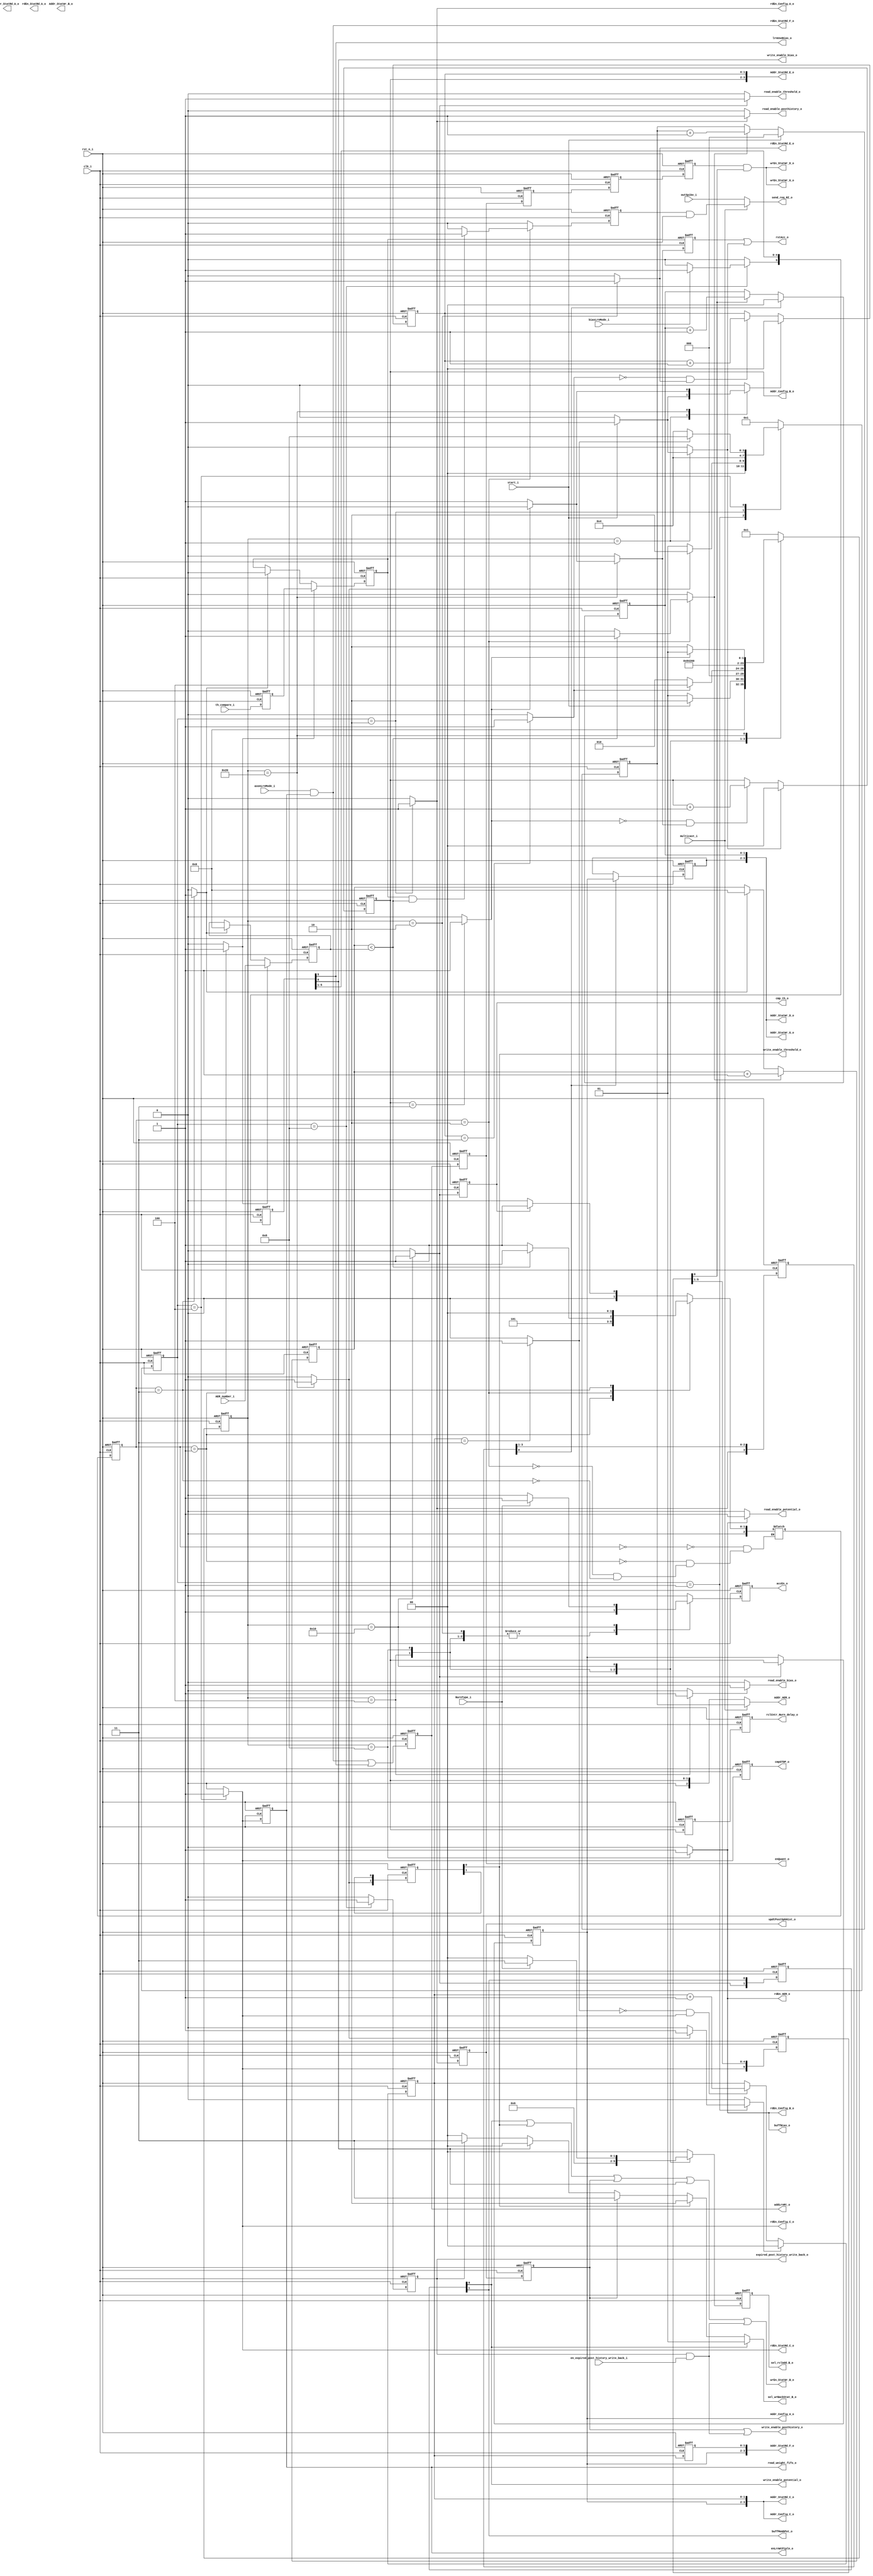
module NurnCtrlr
#(
	parameter NUM_NURNS    = 4  ,
	parameter NUM_AXONS    = 4  ,

	parameter NURN_CNT_BIT_WIDTH   = 2  ,
	parameter AXON_CNT_BIT_WIDTH   = 2	,

	parameter DIR_ID = ""
)
(
	input 												clk_i			,
	input 												rst_n_i			,

	input 												start_i			,

	//data path
	output 												rstAcc_o 		,
	output 	reg											accEn_o 		,
	output 	reg											cmp_th_o 		,
	output 												buffMembPot_o 	,
	output 	reg											updtPostSpkHist_o,
	output 												addLrnRt_o 		,
	output 												enQuant_o 		,
	output 	reg											buffBias_o 		,
	output 												lrnUseBias_o 	,
	output 												cmpSTDP_o 		,
	output 	reg [1:0] 									sel_rclAdd_B_o,
	output 	reg [1:0] 									sel_wrBackStat_B_o,
	//output  reg											shift_writeback_en_buffer_o,
	output  											expired_post_history_write_back_o,
	input												en_expired_post_history_write_back_i,
	output												enLrnWtPipln_o,

	//config mem
	input 												biasLrnMode_i 	,
	output [NURN_CNT_BIT_WIDTH-1:0]						Addr_Config_A_o,
	output reg											rdEn_Config_A_o 	,

	input 												NurnType_i 		,
	output [NURN_CNT_BIT_WIDTH-1:0]						Addr_Config_B_o,
	output 	reg											rdEn_Config_B_o ,

	input 												axonLrnMode_i 	,
	output [NURN_CNT_BIT_WIDTH+AXON_CNT_BIT_WIDTH-1:0] 	Addr_Config_C_o,
	output 												rdEn_Config_C_o 	,
	
	output												rdEn_AER_o,
	output [NURN_CNT_BIT_WIDTH:0]						Addr_AER_o,
	input												multicast_i,
	output												send_req_NI_o,
	input												outSpike_i,
	//input												read_next_AER_i,
	input												th_compare_i,
	input [3:0]											AER_number_i,

	//status mem
	output reg [NURN_CNT_BIT_WIDTH-1:0] 				Addr_StatRd_A_o,
	output reg											rdEn_StatRd_A_o	,

	output reg [NURN_CNT_BIT_WIDTH-1:0] 				Addr_StatWr_B_o,
	output 												wrEn_StatWr_B_o	,

	output [NURN_CNT_BIT_WIDTH+AXON_CNT_BIT_WIDTH-1:0] 	Addr_StatRd_C_o,
	output 												rdEn_StatRd_C_o	,

	output [NURN_CNT_BIT_WIDTH+AXON_CNT_BIT_WIDTH-1:0] 	Addr_StatWr_D_o,
	output 												wrEn_StatWr_D_o	,

	output [NURN_CNT_BIT_WIDTH+AXON_CNT_BIT_WIDTH-1:0] 	Addr_StatRd_E_o,
	output 	reg											rdEn_StatRd_E_o	,

	output [NURN_CNT_BIT_WIDTH+AXON_CNT_BIT_WIDTH-1:0] 	Addr_StatRd_F_o,
	output 												rdEn_StatRd_F_o	,

	output [NURN_CNT_BIT_WIDTH+AXON_CNT_BIT_WIDTH-1:0] 	Addr_StatWr_G_o,
	output 												wrEn_StatWr_G_o	,
	output												read_weight_fifo_o,

`ifdef SEPARATE_ADDRESS
	output reg [NURN_CNT_BIT_WIDTH-1:0]						read_address_bias_o,
	output reg [NURN_CNT_BIT_WIDTH-1:0]						read_address_potential_o,
	output reg [NURN_CNT_BIT_WIDTH-1:0]						read_address_threshold_o,
	output reg [NURN_CNT_BIT_WIDTH-1:0]						read_address_posthistory_o,
	// output reg [NURN_CNT_BIT_WIDTH*AXON_CNT_BIT_WIDTH-1:0]	read_address_prehistory_o,
	// output reg [NURN_CNT_BIT_WIDTH*AXON_CNT_BIT_WIDTH-1:0]	read_address_weight_o,

	output reg [NURN_CNT_BIT_WIDTH-1:0]						write_address_bias_o,
	output reg [NURN_CNT_BIT_WIDTH-1:0]						write_address_potential_o,
	output reg [NURN_CNT_BIT_WIDTH-1:0]						write_address_threshold_o,
	output reg [NURN_CNT_BIT_WIDTH-1:0]						write_address_posthistory_o,
	// output reg [NURN_CNT_BIT_WIDTH*AXON_CNT_BIT_WIDTH-1:0]	write_address_prehistory_o,
	// output reg [NURN_CNT_BIT_WIDTH*AXON_CNT_BIT_WIDTH-1:0]	write_address_weight_o,
`endif

	//asic status memory
	output reg 											read_enable_bias_o,
	output												write_enable_bias_o,
	output reg 											read_enable_potential_o,
	output												write_enable_potential_o,
	output reg 											read_enable_threshold_o,
	output												write_enable_threshold_o,
	output reg 											read_enable_posthistory_o,
	output												write_enable_posthistory_o,
	output [NURN_CNT_BIT_WIDTH-1:0]						rclCntr_Nurn_delay_o
	//output reg 										read_enable_prehistory_o,
	//output											write_enable_prehistory_o,
	//output reg 										read_enable_weight_learn_o,
	//output reg										read_enable_weight_recall_o,
	//output											write_enable_weight_o

);

	//STATE ENCODING
	//--------------------------------------------------//
	//recall state machine								//learning state machine
	parameter [5:0] RCL_IDLE_S		 	= 6'h01;     	parameter [3:0] LRN_IDLE_S		= 4'h1;
	parameter [5:0] RCL_ACC_WT_S		= 6'h02;     	parameter [3:0] LRN_RD_PARM_S	= 4'h2;
	parameter [5:0] RCL_ACC_BIAS_S		= 6'h04; 		parameter [3:0] LRN_WEIGHT_S	= 4'h4;
	parameter [5:0] RCL_ACC_MEMB_POT_S	= 6'h08;		parameter [3:0] LRN_BIAS_S		= 4'h8;
	parameter [5:0] RCL_THRESHOLD_S	 	= 6'h10;
	parameter [5:0] RCL_WR_BACK_S	 	= 6'h20;

	//SELECT LINE ENCODING
	//--------------------------------------------------//
	//recall adder select lines
	parameter [1:0] RCL_ADD_B_WT       = 2'b00;
	parameter [1:0] RCL_ADD_B_BIAS     = 2'b01;
	parameter [1:0] RCL_ADD_B_MEMB_POT = 2'b10;
	parameter [1:0] RCL_ADD_B_NEG_TH   = 2'b11;

	//status port B writeback select lines
	parameter [1:0] WR_BACK_STAT_B_BIAS      = 2'b00;
	parameter [1:0] WR_BACK_STAT_B_MEMB_POT  = 2'b01;
	parameter [1:0] WR_BACK_STAT_B_TH        = 2'b10;
	parameter [1:0] WR_BACK_STAT_B_POST_HIST = 2'b11;

	//--------------------------------------------------//

	//WIRE DECLARATIONS
	//--------------------------------------------------//
	wire rclCntr_Nurn_done, rclCntr_Axon_done, lrnCntr_Axon_done, PStgEn_rdWt, PStgEn_rdBias;

	//REGISTER DECLARATION
	//--------------------------------------------------//
	reg [5:0] Rcl_CurrState, Rcl_NextState;
	reg [3:0] Lrn_CurrState, Lrn_NextState;
	reg [NURN_CNT_BIT_WIDTH-1:0] rclCntr_Nurn;
	reg [AXON_CNT_BIT_WIDTH-1:0] rclCntr_Axon, lrnCntr_Axon;
	reg rclCntr_Nurn_rst, rclCntr_Axon_rst, lrnCntr_Axon_rst;
	reg rclCntr_Nurn_inc, rclCntr_Axon_inc, lrnCntr_Axon_inc;
	reg accEn, StatRd_A_bias, StatRd_A_MembPot, StatRd_A_Th, cmp_th, wr_th, wr_MembPot;
	reg rstAcc, rstAcc_1_dly, lrn_en, rdPostSpkHist, wrPostSpkHist;
	reg enLrnWtPipln, enLrnBiasPipln, init_WrBackAddr, inc_wrBackAddr, cmpSTDP_win/* synthesis preserve */;

	reg rstAcc_dly, enLrnWtPipln_dly, PStgEn_lrnRt, PStgEn_quant, PStgEn_shift, PStgEn_deltaW;
	reg PStgEn_wrBack,cmpSTDP_win_dly;
	reg [1:0] wrEn_th_dly, wr_MembPot_dly;
	reg [5:0] inc_wrBackAddr_Pipln, LrnBias_Pipln;
	reg [3:0] init_WrBackAddr_Pipln;
	reg [1:0] sel_rclAdd_B;

	reg [NURN_CNT_BIT_WIDTH-1:0] rclNurnAddr_buff, lrnWrBack_Nurn;
	reg [AXON_CNT_BIT_WIDTH-1:0] lrnCntr_Axon_Pipln, lrnWrBackCntr_Axon;
	reg over_write_post_history;
	reg expired_post_history_write_back;
	reg expired_post_history_write_back_delay;

	reg [NURN_CNT_BIT_WIDTH-1:0] rclCntr_Nurn_delay_1;
	reg [NURN_CNT_BIT_WIDTH-1:0] rclCntr_Nurn_delay_2;

	parameter MULTICAST_IDLE = 0;
	parameter MULTICAST_START = 1;
	parameter MULTICAST_SEND = 2;
	parameter MULTICAST_STOP = 3;
	// multicast 
	reg [NURN_CNT_BIT_WIDTH:0] Addr_AER_multicast;
	wire send_req_multicast;
	reg [2:0] multicast_cs, multicast_ns;
	reg	inc_Addr_AER, set_spike_state, reset_spike_state, send_multicast, send_multicast_delay, th_compare_delay;
	reg spike_state;
	reg [3:0] AER_number_reg, AER_counter;


	//LOGIC
	//--------------------------------------------------//

	//--------------------------------------------------//
	//----------------- state machine ------------------//

	//state registers
	always @ (posedge clk_i or negedge rst_n_i) begin
		if (rst_n_i == 1'b0) begin
			Rcl_CurrState <= RCL_IDLE_S;
			Lrn_CurrState <= LRN_IDLE_S;
		end else if (clk_i == 1'b1) begin
			Rcl_CurrState <= Rcl_NextState;
			Lrn_CurrState <= Lrn_NextState;
		end
	end
	//--------------------------------------------------//

	//Recall next state logic and combinational output
	always @(*) begin
		rclCntr_Nurn_rst 	= 1'b0;
		rclCntr_Axon_rst 	= 1'b0;
		rstAcc 				= 1'b0;
		rclCntr_Axon_inc 	= 1'b0;
		rdEn_StatRd_E_o 	= 1'b0;
		accEn 				= 1'b0;
		StatRd_A_bias 		= 1'b0;
		StatRd_A_MembPot	= 1'b0;
		StatRd_A_Th 		= 1'b0;
		cmp_th 		 		= 1'b0;
		rdEn_Config_B_o     = 1'b0;
		wr_th 				= 1'b0;
		wr_MembPot			= 1'b0;
		rstAcc_1_dly		= 1'b0;
		rclCntr_Nurn_inc	= 1'b0;
		lrn_en 				= 1'b0;
		buffBias_o			= 1'b0;
		sel_rclAdd_B		= RCL_ADD_B_WT;

		case (Rcl_CurrState)
			RCL_IDLE_S: begin
				if (start_i == 1'b1) begin
					rclCntr_Nurn_rst = 1'b1;
					rclCntr_Axon_rst = 1'b1;
					rstAcc = 1'b1;

					Rcl_NextState = RCL_ACC_WT_S;
				end else begin
					Rcl_NextState = RCL_IDLE_S;
				end
			end

			RCL_ACC_WT_S: begin
				rclCntr_Axon_inc = 1'b1;	
				rdEn_StatRd_E_o = 1'b1;
				accEn = 1'b1;
				sel_rclAdd_B = RCL_ADD_B_WT;

				if (rclCntr_Axon_done == 1'b1) begin
					Rcl_NextState = RCL_ACC_BIAS_S;
				end else begin
					Rcl_NextState = RCL_ACC_WT_S;
				end
			end

			RCL_ACC_BIAS_S: begin
				StatRd_A_bias = 1'b1;
				accEn = 1'b1;
				sel_rclAdd_B = RCL_ADD_B_BIAS;

				Rcl_NextState = RCL_ACC_MEMB_POT_S;
			end

			RCL_ACC_MEMB_POT_S: begin
				StatRd_A_MembPot = 1'b1;
				buffBias_o = 1'b1;//will be used while learning
				accEn = 1'b1;
				sel_rclAdd_B = RCL_ADD_B_MEMB_POT;
				rdEn_Config_B_o = 1'b1;
				
				Rcl_NextState = RCL_THRESHOLD_S;
			end

			RCL_THRESHOLD_S: begin
				StatRd_A_Th = 1'b1;
				cmp_th = 1'b1;
				wr_MembPot = 1'b1;

				if (NurnType_i == 1'b1) begin//ReLU
					accEn = 1'b1;
					sel_rclAdd_B = RCL_ADD_B_NEG_TH;
				end				

				Rcl_NextState = RCL_WR_BACK_S;
			end

			RCL_WR_BACK_S: begin
				wr_th = 1'b1;
				lrn_en = 1'b1;

				if (rclCntr_Nurn_done == 1'b1) begin
					Rcl_NextState = RCL_IDLE_S; //will take few more clocks to process pipelined signals
				end	else begin
					rclCntr_Nurn_inc = 1'b1;
					rclCntr_Axon_rst = 1'b1;
					rstAcc_1_dly = 1'b1;

					Rcl_NextState = RCL_ACC_WT_S;
				end			
			end

			default: begin
				Rcl_NextState = RCL_IDLE_S;
			end
		endcase
	end
	//--------------------------------------------------//

	//Learn next state logic and combinational output
	always @(*) begin
		lrnCntr_Axon_rst = 1'b0;
		rdEn_Config_A_o = 1'b0;
		rdPostSpkHist = 1'b0;
		lrnCntr_Axon_inc = 1'b0;
		enLrnWtPipln = 1'b0;
		enLrnBiasPipln = 1'b0;
		init_WrBackAddr = 1'b0;
		inc_wrBackAddr = 1'b0;
		cmpSTDP_win = 1'b0;
		//shift_writeback_en_buffer_o = 1'b0;
		expired_post_history_write_back = 1'b0;

		case (Lrn_CurrState)
			LRN_IDLE_S: begin
				if (lrn_en == 1'b1) begin
					lrnCntr_Axon_rst = 1'b1;

					Lrn_NextState = LRN_RD_PARM_S;
				end else begin
					Lrn_NextState = LRN_IDLE_S;
				end
			end

			LRN_RD_PARM_S: begin
				//read Config Memory A:
				//LTP_WIN, LTD_WIN, LTP_LrnRt_out, LTD_LrnRt_out, LrnModeBias_out
				rdEn_Config_A_o = 1'b1;
				rdPostSpkHist = 1'b1;
				init_WrBackAddr = 1'b1;

				Lrn_NextState = LRN_WEIGHT_S;
			end

			LRN_WEIGHT_S: begin
				//read PreSpikeHistory
				//read LrnModeWght
				lrnCntr_Axon_inc = 1'b1;
				enLrnWtPipln = 1'b1;
				inc_wrBackAddr = 1'b1;
				cmpSTDP_win = 1'b1;
				//shift_writeback_en_buffer_o = 1'b1;
				
				if (lrnCntr_Axon_done == 1'b1) begin
					Lrn_NextState = LRN_BIAS_S;
				end else begin
					Lrn_NextState = LRN_WEIGHT_S;
				end
			end

			LRN_BIAS_S: begin
				if (biasLrnMode_i == 1'b1) begin
					enLrnBiasPipln = 1'b1;
				end
				expired_post_history_write_back = 1'b1;
				Lrn_NextState = LRN_IDLE_S;
			end

			default: begin
				Lrn_NextState = LRN_IDLE_S;
			end
		endcase
	end
	//--------------------------------------------------//
	//--------------------------------------------------//

	//counters
	//--------------------------------------------------//
	always @(posedge clk_i or negedge rst_n_i) begin
		if (rst_n_i == 1'b0) begin
			rclCntr_Nurn <= 0;
			rclCntr_Axon <= 0;
			lrnCntr_Axon <= 0;
			rclNurnAddr_buff <= 0;
			lrnWrBack_Nurn <= 0;
			lrnWrBackCntr_Axon <= 0;
			rclCntr_Nurn_delay_1 <= 0;
			rclCntr_Nurn_delay_2 <= 0;

		end else begin
			if (rclCntr_Nurn_rst == 1'b1) begin
				rclCntr_Nurn <= 0;	
			end else if ((rclCntr_Nurn_done == 1'b0) && (rclCntr_Nurn_inc == 1'b1)) begin
				rclCntr_Nurn <= rclCntr_Nurn + 1;
			end

			if (rclCntr_Axon_rst == 1'b1) begin
				rclCntr_Axon <= 0;	
			end else if ((rclCntr_Axon_done == 1'b0) && (rclCntr_Axon_inc == 1'b1)) begin
				rclCntr_Axon <= rclCntr_Axon + 1;
			end

			if (lrnCntr_Axon_rst == 1'b1) begin
				lrnCntr_Axon <= 0;	
			end else if ((lrnCntr_Axon_done == 1'b0) && (lrnCntr_Axon_inc == 1'b1)) begin
				lrnCntr_Axon <= lrnCntr_Axon + 1;
			end

			if (wr_MembPot == 1'b1) begin
				rclNurnAddr_buff <= rclCntr_Nurn;
			end

			if (init_WrBackAddr_Pipln[0] == 1'b1) begin
				lrnWrBack_Nurn <= rclNurnAddr_buff;
				lrnWrBackCntr_Axon <= 0;
			end else if (inc_wrBackAddr_Pipln[0] == 1'b1) begin
				lrnWrBackCntr_Axon <= lrnWrBackCntr_Axon + 1;
			end

			rclCntr_Nurn_delay_1 <= rclCntr_Nurn;
			rclCntr_Nurn_delay_2 <= rclCntr_Nurn_delay_1;
		end
	end
	assign rclCntr_Nurn_done = (rclCntr_Nurn == NUM_NURNS-1) ? 1'b1 : 1'b0;
	assign rclCntr_Axon_done = (rclCntr_Axon == NUM_AXONS-1) ? 1'b1 : 1'b0;
	assign lrnCntr_Axon_done = (lrnCntr_Axon == NUM_AXONS-1) ? 1'b1 : 1'b0;
	assign rclCntr_Nurn_delay_o = rclCntr_Nurn_delay_2;

	//Address generation
	//--------------------------------------------------//
	// always @(*) begin
	// 	//status read port A
	// 	rdEn_StatRd_A_o = 1'b0;
	// 	Addr_StatRd_A_o = {rclCntr_Nurn,2'b00};
	// 	// Addr_StatRd_A_o = rclCntr_Nurn;
	// 	if (StatRd_A_bias == 1'b1) begin
	// 		rdEn_StatRd_A_o = 1'b1;
	// 		Addr_StatRd_A_o = {rclCntr_Nurn,2'b00};
	// 		// Addr_StatRd_A_o = rclCntr_Nurn;
	// 	end else if (StatRd_A_MembPot == 1'b1) begin
	// 		rdEn_StatRd_A_o = 1'b1;
	// 		Addr_StatRd_A_o = {rclCntr_Nurn,2'b01};
	// 		// Addr_StatRd_A_o = rclCntr_Nurn;
	// 	end else if (StatRd_A_Th == 1'b1) begin
	// 		rdEn_StatRd_A_o = 1'b1;
	// 		Addr_StatRd_A_o = {rclCntr_Nurn,2'b10};
	// 		// Addr_StatRd_A_o = rclCntr_Nurn;
	// 	end else if (rdPostSpkHist == 1'b1) begin
	// 		rdEn_StatRd_A_o = 1'b1;
	// 		Addr_StatRd_A_o = {rclNurnAddr_buff,2'b11};
	// 		// Addr_StatRd_A_o = rclNurnAddr_buff;
	// 	end

	// 	//status write port B
	// 	Addr_StatWr_B_o = rclNurnAddr_buff;//,2'b00};
	// 	if (LrnBias_Pipln[0] == 1'b1) begin
	// 		Addr_StatWr_B_o = lrnWrBack_Nurn;//,2'b00};
	// 	end else if (wr_MembPot_dly[0] == 1'b1) begin
	// 		Addr_StatWr_B_o = rclNurnAddr_buff;//,2'b01};
	// 	end else if (wrEn_th_dly[0] == 1'b1) begin
	// 		Addr_StatWr_B_o = rclNurnAddr_buff;//,2'b10};
	// 	end else if (wrPostSpkHist == 1'b1) begin
	// 		Addr_StatWr_B_o = rclNurnAddr_buff;//,2'b11};
	// 	end else if (expired_post_history_write_back_delay == 1'b1) begin
	// 		Addr_StatWr_B_o = lrnWrBack_Nurn;//,2'b11};
	// 	end
	// end
	assign Addr_Config_B_o = rclCntr_Nurn;
	assign Addr_Config_A_o = rclNurnAddr_buff;
	assign Addr_StatRd_E_o = {rclCntr_Nurn,rclCntr_Axon};
	assign Addr_StatRd_C_o = {rclNurnAddr_buff,lrnCntr_Axon};
	assign Addr_Config_C_o = {rclNurnAddr_buff,lrnCntr_Axon};
	assign Addr_StatRd_F_o = {rclNurnAddr_buff,lrnCntr_Axon_Pipln};
	assign Addr_StatWr_D_o = {lrnWrBack_Nurn,lrnWrBackCntr_Axon};
	assign Addr_StatWr_G_o = {lrnWrBack_Nurn,lrnWrBackCntr_Axon};

    //multicast relevant control signal and address generate
	assign Addr_AER_o = (multicast_i == 1'b0) ? Addr_Config_B_o : Addr_AER_multicast;
	//assign rdEn_AER_o = (multicast_i == 1'b0) ? rdEn_Config_B_o : rdEn_AER_multicast;
	assign rdEn_AER_o = rdEn_Config_B_o;
	assign send_req_NI_o = (multicast_i == 1'b0) ? outSpike_i : send_req_multicast;
	assign send_req_multicast = send_multicast_delay && spike_state;

	always @(posedge clk_i or negedge rst_n_i)
		begin
			if (rst_n_i == 1'b0)
				multicast_cs <= 0;
			else
				multicast_cs <= multicast_ns;
		end

	always @(*)
		begin
			case(multicast_cs)
				MULTICAST_IDLE:
					begin
						if (cmp_th_o == 1'b1)
							multicast_ns = MULTICAST_START;
						else
							multicast_ns = MULTICAST_IDLE;
					end
				MULTICAST_START:
					begin
						multicast_ns = MULTICAST_SEND;
					end
				MULTICAST_SEND:
					begin
						if (AER_counter < AER_number_reg)
							multicast_ns = MULTICAST_SEND;
						else
							multicast_ns = MULTICAST_STOP;
					end
				MULTICAST_STOP:
					begin
						multicast_ns = MULTICAST_IDLE;
					end
			endcase
		end

	always @(*)
		begin
			inc_Addr_AER = 1'b0;
			set_spike_state = 1'b0;
			reset_spike_state = 1'b0;
			send_multicast = 1'b0;
				case(multicast_cs)
					MULTICAST_IDLE:
						inc_Addr_AER = 1'b0;
					MULTICAST_START:
						begin
							set_spike_state = 1'b1;
						end
					MULTICAST_SEND:
						begin
							if (AER_counter < AER_number_reg)
								begin
									inc_Addr_AER = 1'b1;
								end
							else
								begin
									inc_Addr_AER = 1'b0;
								end
							if ((spike_state == 1'b1) &&(AER_counter < AER_number_reg))
								send_multicast = 1'b1;
							else
								send_multicast = 1'b0;
								
						end
					MULTICAST_STOP:
						begin
							reset_spike_state = 1'b1;
							inc_Addr_AER = 1'b0;
						end
					default:
						begin
							inc_Addr_AER = 1'b0;
							set_spike_state = 1'b0;
							reset_spike_state = 1'b0;
							send_multicast = 1'b0;
						end
				endcase
		end

always @(posedge clk_i or negedge rst_n_i)
	begin
		if (rst_n_i == 1'b0)
			begin
				spike_state <= 1'b0;
				Addr_AER_multicast <= 0;
				send_multicast_delay = 1'b0;
				th_compare_delay <= 1'b0;
				AER_number_reg <= 0;
				AER_counter <= 0;

			end
		else
			begin
				if (start_i == 1'b1)
					Addr_AER_multicast <= 0;
				else if (inc_Addr_AER == 1'b1)
					Addr_AER_multicast <= Addr_AER_multicast + 1'b1;
				
				if (set_spike_state == 1'b1)
					AER_number_reg <= AER_number_i;
				else if (reset_spike_state == 1'b1)
					AER_number_reg <= 0;
				
				if (inc_Addr_AER == 1'b1)
					AER_counter = AER_counter + 1'b1;
				else if (reset_spike_state == 1'b1)
					AER_counter <= 0;
				
				th_compare_delay <= th_compare_i;
				
				if (set_spike_state == 1'b1)
					spike_state <= th_compare_delay;
				else if (reset_spike_state == 1'b1)
					spike_state <= 1'b0;
				send_multicast_delay <= send_multicast;
			end
	end

// `ifdef AER_MULTICAST
// 	always @(posedge clk_i or negedge rst_n_i)
// 		begin
// 			if(rst_n_i == 1'b0)
// 				begin
// 					AER_pointer <= 0;
// 					en_inc_AER_pointer <= 0;
// 					recall_spike_reg <= 0;
// 					send_multicast <= 0;
// 					packet_write_req_delay <= 0;
// 				end
// 			else
// 				begin
// 					if (start_i == 1'b1)
// 						AER_pointer <= 0;
// 					else if (inc_AER_pointer == 1'b1)
// 						AER_pointer <= AER_pointer + 1;

// 					if (cmp_th_o == 1'b1)
// 						en_inc_AER_pointer <= 1'b1;
// 					else if(read_next_AER_i == 1'b0)
// 						en_inc_AER_pointer <= 1'b0;
					
// 					if (th_compare_i == 1'b1 && cmp_th_o == 1'b1)
// 						recall_spike_reg <= 1'b1;
// 					else if (read_next_AER_i == 1'b0 && recall_spike_reg == 1'b1)
// 						recall_spike_reg <= 1'b0;
					
// 					packet_write_req_delay = packet_write_req;

// 				end
// 		end
		
// 	always @(*)
// 		begin
// 			packet_write_req = 1'b0;
// 			inc_AER_pointer = 1'b0;

// 			if (cmp_th_o == 1'b1 && th_compare_i == 1'b1)
// 				packet_write_req = 1'b1;
// 			else if (read_next_AER_i == 1'b1 && en_inc_AER_pointer == 1'b1 && recall_spike_reg == 1'b1)
// 				packet_write_req = 1'b1;
		
// 			if (cmp_th_o == 1'b1)
// 				inc_AER_pointer = 1'b1;
// 			else if (read_next_AER_i == 1'b1 && en_inc_AER_pointer == 1'b1)
// 				inc_AER_pointer = 1'b1;
// 		end
	
// 	assign AER_pointer_o = AER_pointer;
// 	assign packet_write_req_o = packet_write_req_delay;
// `endif


	//pipelined and registered control signals
	//--------------------------------------------------//
	always @(posedge clk_i or negedge rst_n_i) begin
		if (rst_n_i == 1'b0) begin
			accEn_o <= 1'b0;
			cmp_th_o <= 1'b0;
			rstAcc_dly <= 1'b0;
			sel_rclAdd_B_o <= RCL_ADD_B_WT;
			wr_MembPot_dly <= 2'b0;
			wrEn_th_dly <= 2'b0;
			updtPostSpkHist_o <= 1'b0;
			wrPostSpkHist <= 1'b0;
			cmpSTDP_win_dly <= 1'b0;

			//learn pipeline
			lrnCntr_Axon_Pipln <= 0;
			enLrnWtPipln_dly <= 0;
			PStgEn_lrnRt <= 0;
			PStgEn_quant <= 0;
			PStgEn_shift <= 0;
			PStgEn_deltaW <= 0;
			PStgEn_wrBack <= 0;
			inc_wrBackAddr_Pipln <= 6'b0;
			init_WrBackAddr_Pipln <= 4'b0;
			LrnBias_Pipln <= 6'b0;
			//------------------------
		end else begin
			accEn_o <= accEn;
			cmp_th_o <= cmp_th;
			rstAcc_dly <= rstAcc_1_dly;
			sel_rclAdd_B_o <= sel_rclAdd_B;
			updtPostSpkHist_o <= rdPostSpkHist;
			wrPostSpkHist <= updtPostSpkHist_o;
			cmpSTDP_win_dly <= cmpSTDP_win;

			wr_MembPot_dly <= {wr_MembPot,wr_MembPot_dly[1]};
			wrEn_th_dly <= {wr_th,wrEn_th_dly[1]};
			

			//learn pipeline
			lrnCntr_Axon_Pipln <= lrnCntr_Axon;
			//LRN_WEIGHT_S: enLrnWtPipln <= 1
			enLrnWtPipln_dly <= enLrnWtPipln;
			//PStgEn_rdWt = axonLrnMode_i & enLrnWtPipln_dly;
			PStgEn_lrnRt <= PStgEn_rdWt | PStgEn_rdBias;
			PStgEn_quant <= PStgEn_lrnRt;
			PStgEn_shift <= PStgEn_quant;
			PStgEn_deltaW <= PStgEn_shift;
			PStgEn_wrBack <= PStgEn_deltaW;
			//LRN_WEIGHT_S: inc_wrBackAddr = 1'b1;
			inc_wrBackAddr_Pipln <= {inc_wrBackAddr,inc_wrBackAddr_Pipln[5:1]};
			//wrEn_StatWr_G_o = PStgEn_wrBack & inc_wrBackAddr_Pipln[0];
			init_WrBackAddr_Pipln <= {init_WrBackAddr,init_WrBackAddr_Pipln[3:1]};
			LrnBias_Pipln <= {enLrnBiasPipln,LrnBias_Pipln[5:1]};
			//------------------------
		end
	end

	always @(posedge clk_i or negedge rst_n_i)
		begin
			if (rst_n_i == 1'b0)
				expired_post_history_write_back_delay <= 1'b0;
			else
				expired_post_history_write_back_delay <= expired_post_history_write_back;
		end
	

	always @(*)
		over_write_post_history = expired_post_history_write_back_delay & en_expired_post_history_write_back_i;
	assign expired_post_history_write_back_o = expired_post_history_write_back_delay;

	assign rstAcc_o = rstAcc_dly | rstAcc;
	assign wrEn_StatWr_B_o = wr_MembPot_dly[0] | wrEn_th_dly[0] | wrPostSpkHist | LrnBias_Pipln[0] | over_write_post_history;
	assign buffMembPot_o = wr_MembPot_dly[1];
	assign cmpSTDP_o = cmpSTDP_win_dly;
	
	//learn pipeline
	assign rdEn_StatRd_C_o = enLrnWtPipln;//read PreSpikeHistory
	assign rdEn_Config_C_o = enLrnWtPipln;//read LrnModeWght
	assign PStgEn_rdWt = axonLrnMode_i & enLrnWtPipln_dly;
	assign enLrnWtPipln_o = enLrnWtPipln_dly;
	//read weight
	assign read_weight_fifo_o = enLrnWtPipln_dly;
	assign rdEn_StatRd_F_o = PStgEn_rdWt;
	assign addLrnRt_o = PStgEn_lrnRt;
	assign enQuant_o = PStgEn_quant;
	assign enShift_o = PStgEn_shift;
	assign enDeltaW_o = PStgEn_deltaW;
	//write PreSpikeHistory
	assign wrEn_StatWr_D_o = PStgEn_wrBack & inc_wrBackAddr_Pipln[0];
	//weight memory writing enable signal
	//bug: write enable of weight memoey is always high.
	//controller doesn't check prespike history and postspike history
	assign wrEn_StatWr_G_o = PStgEn_wrBack & inc_wrBackAddr_Pipln[0];
	assign PStgEn_rdBias = LrnBias_Pipln[5];
	assign lrnUseBias_o = PStgEn_rdBias;
	//------------------------

	//write back select line
	always @(*) begin
		sel_wrBackStat_B_o = WR_BACK_STAT_B_BIAS;
		if (wr_MembPot_dly[0] == 1'b1) begin
			sel_wrBackStat_B_o = WR_BACK_STAT_B_MEMB_POT;
		end else if (wrEn_th_dly[0] == 1'b1) begin
			sel_wrBackStat_B_o = WR_BACK_STAT_B_TH;
		end else if (wrPostSpkHist == 1'b1) begin
			sel_wrBackStat_B_o = WR_BACK_STAT_B_POST_HIST;
		end else if (LrnBias_Pipln[0] == 1'b1) begin
			sel_wrBackStat_B_o = WR_BACK_STAT_B_BIAS;
		end else if (expired_post_history_write_back_delay == 1'b1) begin
			sel_wrBackStat_B_o = WR_BACK_STAT_B_POST_HIST;
		end
	end


	//write signal
	assign write_enable_bias_o = LrnBias_Pipln[0];
	assign write_enable_potential_o = wr_MembPot_dly[0];
	assign write_enable_threshold_o = wrEn_th_dly[0];
	assign write_enable_posthistory_o = wrPostSpkHist || over_write_post_history;
	//assign write_enable_prehistory_o = PStgEn_wrBack & inc_wrBackAddr_Pipln[0];
	//assign write_enable_weight_o = PStgEn_wrBack & inc_wrBackAddr_Pipln[0];

// read and write address generate
`ifdef SEPARATE_ADDRESS
	always @(*)
		begin
			write_address_bias_o = lrnWrBack_Nurn;
			write_address_potential_o = rclNurnAddr_buff;
			write_address_threshold_o = rclNurnAddr_buff;
			
			// two ways to generate post history address, seems results are the same
			// need to check which one is better.
			write_address_posthistory_o = rclNurnAddr_buff;
			// if (expired_post_history_write_back_delay == 1'b1) 
			// 	write_address_posthistory_o = lrnWrBack_Nurn;
			// else
			// 	write_address_posthistory_o = rclNurnAddr_buff;

			read_address_bias_o = rclCntr_Nurn;
			read_address_potential_o = rclCntr_Nurn;
			read_address_threshold_o = rclCntr_Nurn;
			read_address_posthistory_o = rclNurnAddr_buff;

			//read_address_prehistory_o = {rclNurnAddr_buff,lrnCntr_Axon};
			//read_address_weight_o = {rclCntr_Nurn,rclCntr_Axon};
		end
`endif


	always @(*) 
		begin
			read_enable_bias_o = 1'b0;
			read_enable_potential_o = 1'b0;
			read_enable_threshold_o = 1'b0;
			read_enable_posthistory_o = 1'b0;

			//read_enable_prehistory_o = enLrnWtPipln;
			//read_enable_weight_recall_o = rdEn_StatRd_E_o;
			//read_enable_weight_learn_o = PStgEn_rdWt;

			if (StatRd_A_bias == 1'b1) 
				begin
					read_enable_bias_o = 1'b1;
				end 
			//else if (StatRd_A_MembPot == 1'b1)
			if (StatRd_A_MembPot == 1'b1) 
				begin
					read_enable_potential_o = 1'b1;
				end 
			//else if (StatRd_A_Th == 1'b1) 
			if (StatRd_A_Th == 1'b1) 
				begin
					read_enable_threshold_o = 1'b1;
				end 
			//else if (rdPostSpkHist == 1'b1) 
			if (rdPostSpkHist == 1'b1) 
				begin
					read_enable_posthistory_o = 1'b1;
				end
		end

endmodule